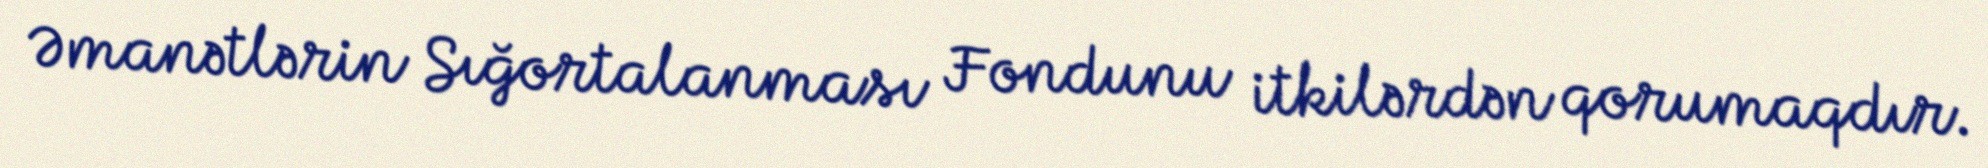
Əmanətlərin Sığortalanması Fondunu itkilərdən qorumaqdır.